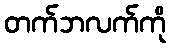
တက်ဘလက်ကို